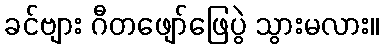
ခင်ဗျား ဂီတဖျော်ဖြေပွဲ သွားမလား။